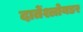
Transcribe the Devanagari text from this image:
दातेंश्लोयडर